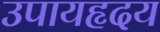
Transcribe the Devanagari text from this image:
उपायहृदय